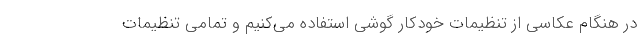
در هنگام عکاسی از تنظیمات خودکار گوشی استفاده می‌کنیم و تمامی تنظیمات